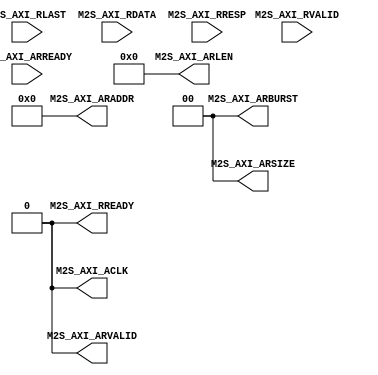
module axi_master_read_stub(
    output M2S_AXI_ACLK,

    //Read M2S_AXI_transation

    output M2S_AXI_ARVALID,
    input M2S_AXI_ARREADY,
    output [31:0] M2S_AXI_ARADDR,
    output [1:0] M2S_AXI_ARBURST,
    output [3:0] M2S_AXI_ARLEN,
    output [1:0] M2S_AXI_ARSIZE,
    //
    input M2S_AXI_RVALID,
    output M2S_AXI_RREADY,
    input M2S_AXI_RLAST,
    input [63:0] M2S_AXI_RDATA,
    //
    input [1:0] M2S_AXI_RRESP

);
    assign M2S_AXI_ACLK = 1'b0;

    //Read M2S_AXI_transation

    assign M2S_AXI_ARVALID = 1'b0;
    assign M2S_AXI_ARADDR = 32'b0;
    assign M2S_AXI_ARBURST = 2'b0;
    assign M2S_AXI_ARLEN = 4'b0;
    assign M2S_AXI_ARSIZE = 2'b0;
    assign M2S_AXI_RREADY = 1'b0;


endmodule